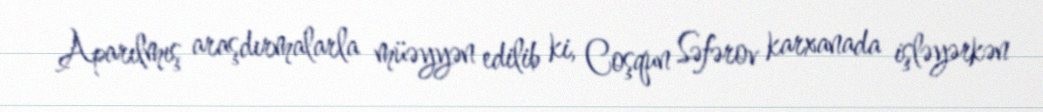
Aparılmış araşdırmalarla müəyyən edilib ki, Coşqun Səfərov karxanada işləyərkən